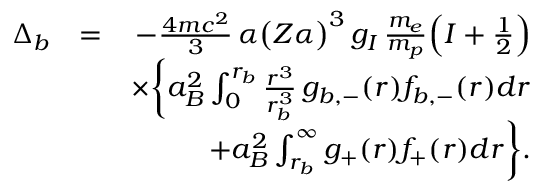
\begin{array} { r l r } { \Delta _ { b } } & { = } & { - \frac { 4 m c ^ { 2 } } { 3 } \, \alpha \big ( Z \alpha \big ) ^ { 3 } \, g _ { I } \, \frac { m _ { e } } { m _ { p } } \Big ( I + \frac { 1 } { 2 } \Big ) } \\ & { } & { \times \bigg \{ a _ { B } ^ { 2 } \int _ { 0 } ^ { r _ { b } } \frac { r ^ { 3 } } { r _ { b } ^ { 3 } } \, g _ { b , - } ( r ) f _ { b , - } ( r ) d r } \\ & { } & { + a _ { B } ^ { 2 } \int _ { r _ { b } } ^ { \infty } g _ { + } ( r ) f _ { + } ( r ) d r \bigg \} . } \end{array}